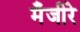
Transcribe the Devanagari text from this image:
मँजीरे